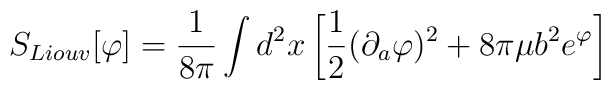
S_{Liouv}[\varphi] = {1\over 8\pi} \int d^2x \left[{1\over2} (\partial_a \varphi)^2 + 8\pi\mu b^2 e^\varphi \right]